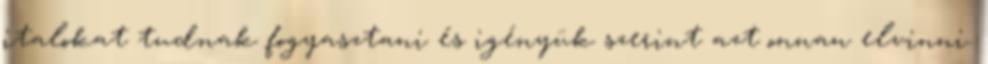
italokat tudnak fogyasztani és igényük szerint azt onnan elvinni.